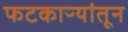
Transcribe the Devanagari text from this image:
फटकाऱ्यांतून